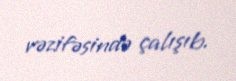
vəzifəsində çalışıb.